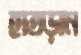
হাতড়ান